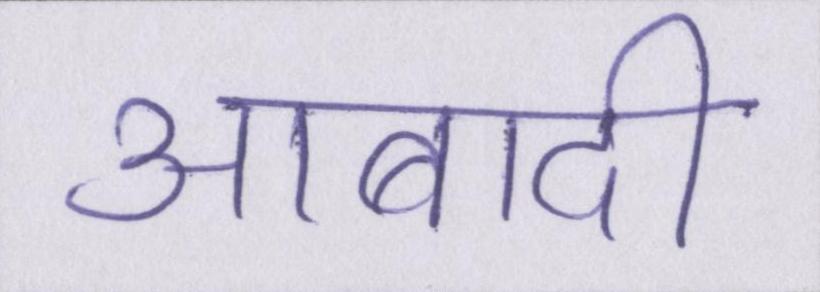
आबादी